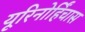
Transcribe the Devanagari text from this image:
यूरिनोर्हिंचास